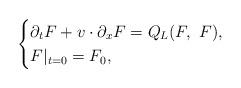
LaTeX: \begin{align*}\begin{cases}\partial_t F+v\cdot\partial_x F=Q_L(F,\ F),\\F|_{t=0}=F_0,\end{cases}\end{align*}